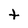
Character: t